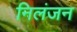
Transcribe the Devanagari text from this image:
निलंजन